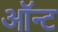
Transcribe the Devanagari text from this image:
ऑन्ट